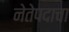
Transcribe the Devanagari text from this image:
नेतेपदाचा